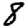
Digit: 8